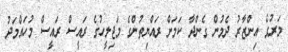
މަރުގެ އިންޒާރު ދެމުން ގެންދާ ކަމަށް ރައްޔިތުންގެ މަޖިލީހުގެ ރައީސް ރައީސް މުހައްމަދު